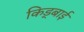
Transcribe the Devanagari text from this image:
किड्बाई